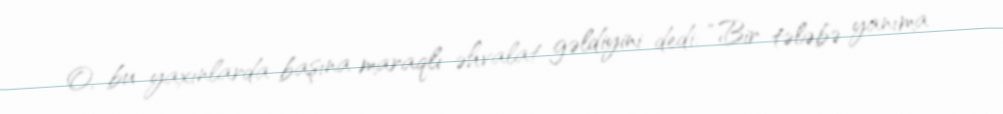
O, bu yaxınlarda başına maraqlı əhvalat gəldiyini dedi: “Bir tələbə yanıma